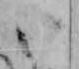
い